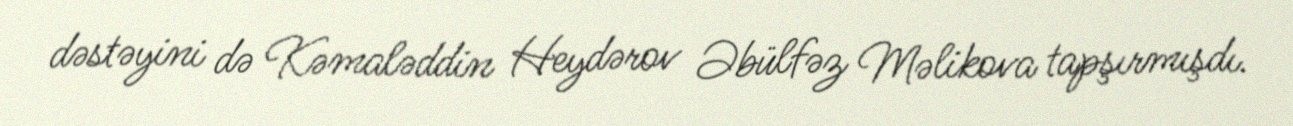
dəstəyini də Kəmaləddin Heydərov Əbülfəz Məlikova tapşırmışdı.